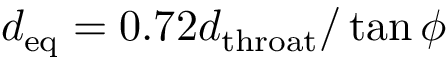
d _ { \mathrm { e q } } = 0 . 7 2 d _ { \mathrm { t h r o a t } } / \tan \phi